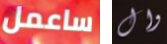
ساعمل وال